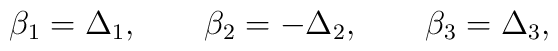
\beta_1 = \Delta_{1}, \qquad \beta_2 = - \Delta_{2}, \qquad\beta_3 = \Delta_{3},